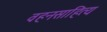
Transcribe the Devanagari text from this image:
वहनसाहित्य